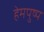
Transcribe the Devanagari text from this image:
हेमपुष्प